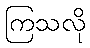
ကြသလို